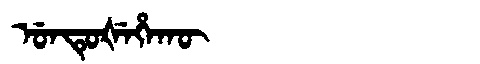
Manchu: ᡠᠨᡨᡠᡧᡝᡥᠠᡴᡡ
Romanization: UNTUŠEHAKŪ